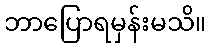
ဘာပြောရမှန်းမသိ။